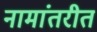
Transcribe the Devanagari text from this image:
नामांतरीत